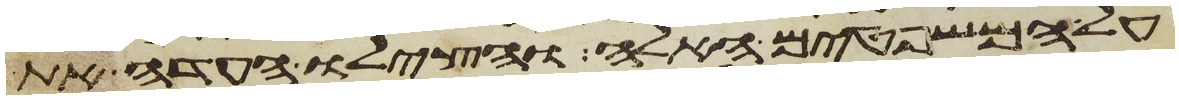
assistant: על המשפטים האלה והצילו העדה את